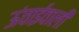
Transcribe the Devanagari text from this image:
ऊंचाईवाली